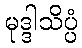
မုဒ္ဒါသိပ္ပံ